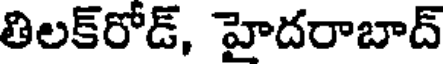
తిలక్రోడ్, హైదరాబాద్